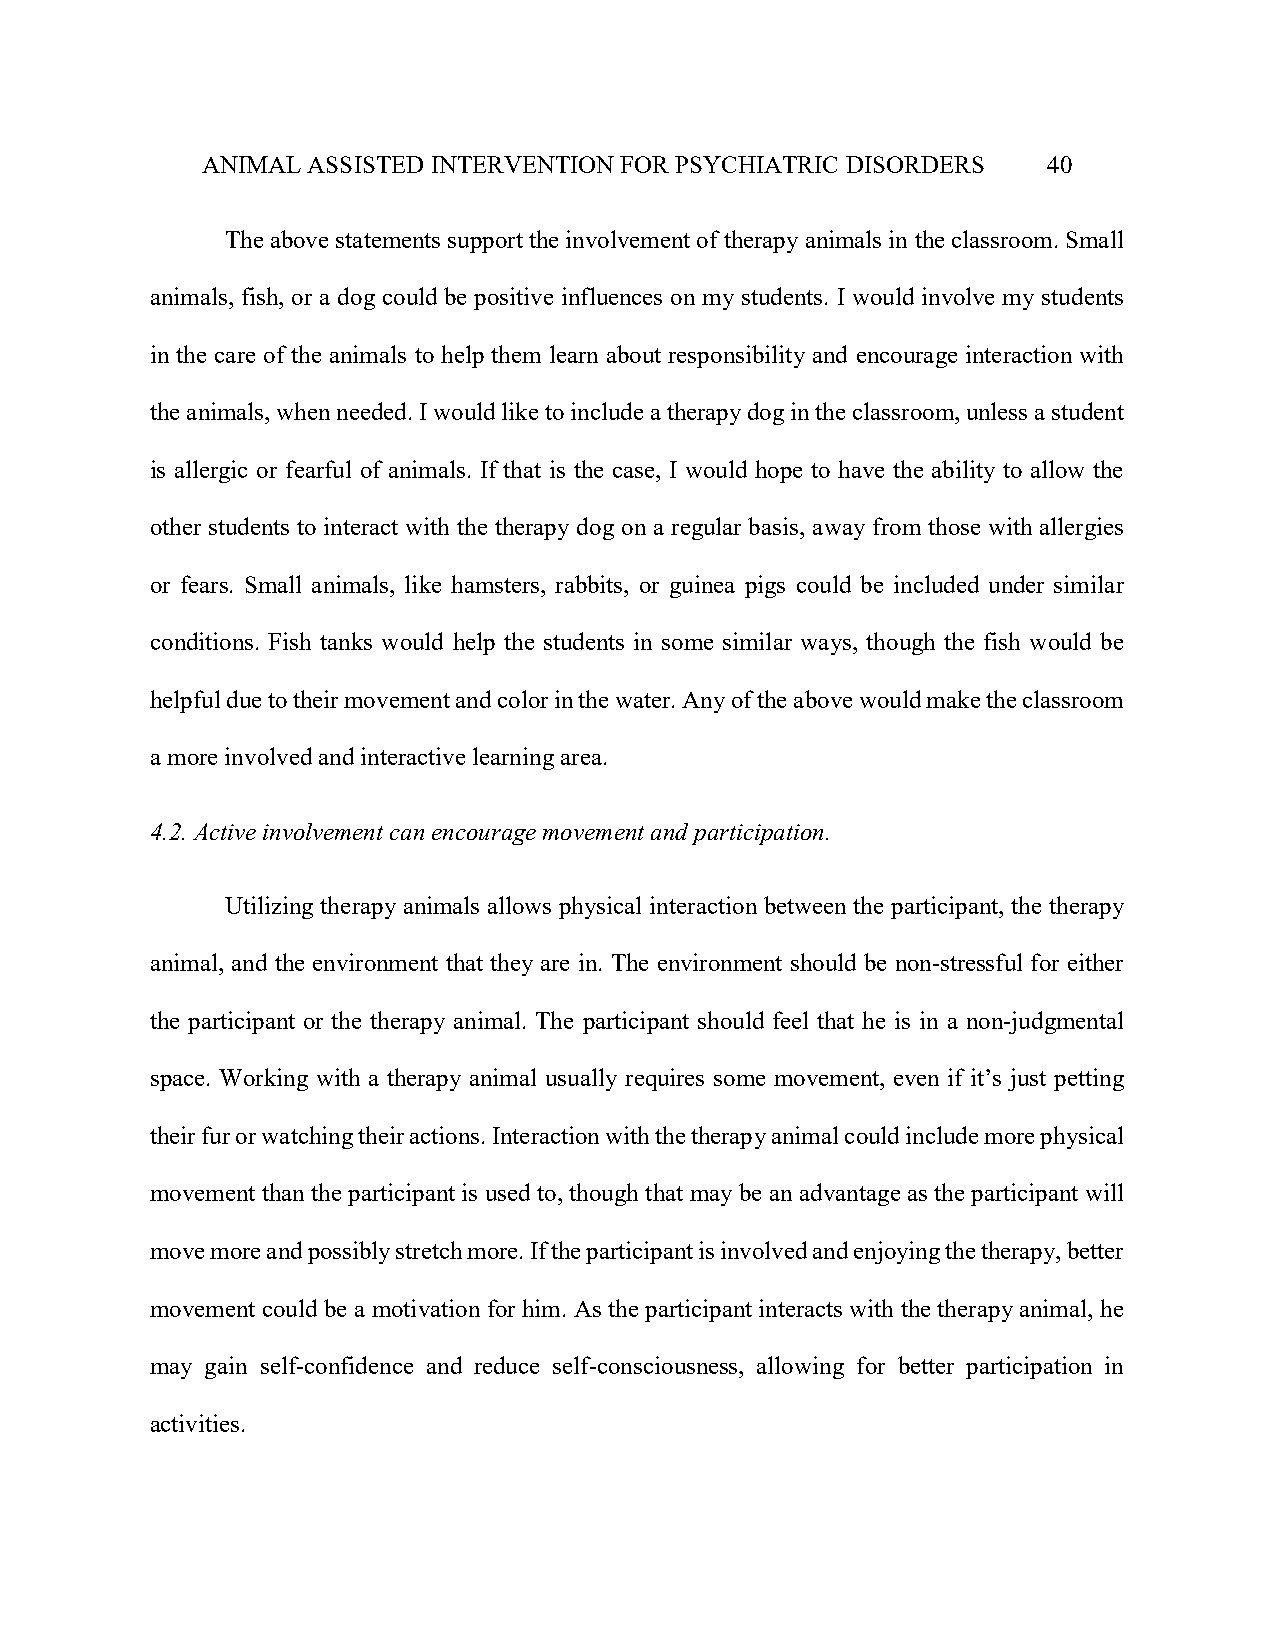
ANIMAL ASSISTED INTERVENTION FOR PSYCHIATRIC DISORDERS  40
 The above statements support the involvement of therapy animals in the classroom. Small
 animals, fish, or a dog could be positive influences on my students. I would involve my students
 in the care of the animals to help them learn about responsibility and encourage interaction with
 the animals, when needed. I would like to include a therapy dog in the classroom, unless a student
 is allergic or fearful of animals. If that is the case, I would hope to have the ability to allow the
 other students to interact with the therapy dog on a regular basis, away from those with allergies
 or fears. Small animals, like hamsters, rabbits, or guinea pigs could be included under similar
 conditions. Fish tanks would help the students in some similar ways, though the fish would be
 helpful due to their movement and color in the water. Any of the above would make the classroom
 a more involved and interactive learning area.
 4.2. Active involvement can encourage movement and participation.
 Utilizing therapy animals allows physical interaction between the participant, the therapy
 animal, and the environment that they are in. The environment should be non-stressful for either
 the participant or the therapy animal. The participant should feel that he is in a non-judgmental
 space. Working with a therapy animal usually requires some movement, even if it’s just petting
 their fur or watching their actions. Interaction with the therapy animal could include more physical
 movement than the participant is used to, though that may be an advantage as the participant will
 move more and possibly stretch more. If the participant is involved and enjoying the therapy, better
 movement could be a motivation for him. As the participant interacts with the therapy animal, he
 may gain self-confidence and reduce self-consciousness, allowing for better participation in
 activities.